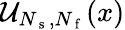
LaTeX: \mathcal{U}_{N_{\mathrm{~s~}},N_{\mathrm{~f~}}}(x)